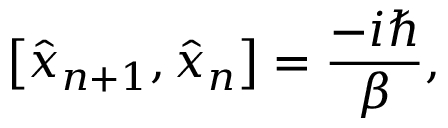
\left[ \hat { x } _ { n + 1 } , \hat { x } _ { n } \right] = \frac { - i \hbar } \beta ,